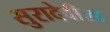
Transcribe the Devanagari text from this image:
सुरादेवीला